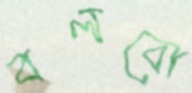
বলবো